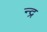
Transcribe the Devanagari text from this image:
न्द्र